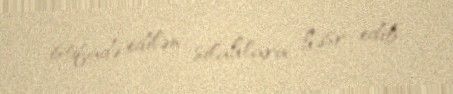
istifadə edilən silahlara həsr edib.